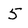
Character: 5